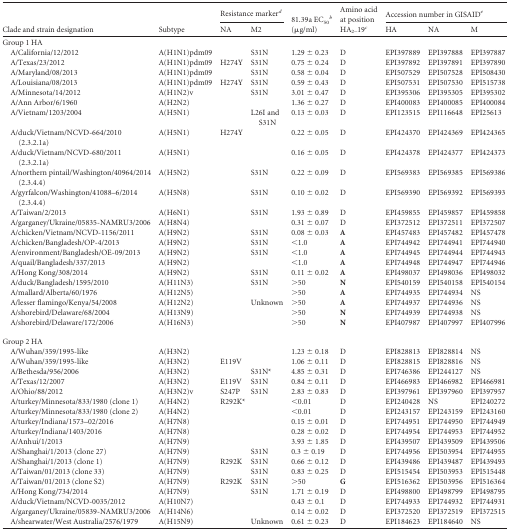
<table><thead><tr><td rowspan="2"><b>Clade and strain designation</b></td><td rowspan="2"><b>Subtype</b></td><td colspan="2"><b>Resistance marker<sup><i>d</i></sup></b></td><td rowspan="2"><b>81.39a EC<sub>50</sub><sup><i>b</i></sup> (μg/ml)</b></td><td rowspan="2"><b>Amino acid at position HA<sub>2–</sub>19<sup><i>c</i></sup></b></td><td colspan="3"><b>Accession number in GISAID<sup><i>e</i></sup></b></td></tr><tr><td><b>NA</b></td><td><b>M2</b></td><td><b>HA</b></td><td><b>NA</b></td><td><b>M</b></td></tr></thead><tbody><tr><td>Group 1 HA</td><td></td><td></td><td></td><td></td><td></td><td></td><td></td><td></td></tr><tr><td>A/California/12/2012</td><td>A(H1N1)pdm09</td><td></td><td>S31N</td><td>1.29 ± 0.23</td><td>D</td><td>EPI397889</td><td>EPI397888</td><td>EPI397887</td></tr><tr><td>A/Texas/23/2012</td><td>A(H1N1)pdm09</td><td>H274Y</td><td>S31N</td><td>0.75 ± 0.24</td><td>D</td><td>EPI397892</td><td>EPI397891</td><td>EPI397890</td></tr><tr><td>A/Maryland/08/2013</td><td>A(H1N1)pdm09</td><td></td><td>S31N</td><td>0.58 ± 0.04</td><td>D</td><td>EPI507529</td><td>EPI507528</td><td>EPI508430</td></tr><tr><td>A/Louisiana/08/2013</td><td>A(H1N1)pdm09</td><td>H274Y</td><td>S31N</td><td>0.59 ± 0.43</td><td>D</td><td>EPI507531</td><td>EPI507530</td><td>EPI515738</td></tr><tr><td>A/Minnesota/14/2012</td><td>A(H1N2)v</td><td></td><td>S31N</td><td>3.01 ± 0.47</td><td>D</td><td>EPI395306</td><td>EPI395305</td><td>EPI395302</td></tr><tr><td>A/Ann Arbor/6/1960</td><td>A(H2N2)</td><td></td><td></td><td>1.36 ± 0.27</td><td>D</td><td>EPI400083</td><td>EPI400085</td><td>EPI400084</td></tr><tr><td>A/Vietnam/1203/2004</td><td>A(H5N1)</td><td></td><td>L26I and S31N</td><td>0.13 ± 0.03</td><td>D</td><td>EPI123515</td><td>EPI116648</td><td>EPI25613</td></tr><tr><td>A/duck/Vietnam/NCVD-664/2010 (2.3.2.1a)</td><td>A(H5N1)</td><td>H274Y</td><td></td><td>0.22 ± 0.05</td><td>D</td><td>EPI424370</td><td>EPI424369</td><td>EPI424365</td></tr><tr><td>A/duck/Vietnam/NCVD-680/2011 (2.3.2.1a)</td><td>A(H5N1)</td><td></td><td></td><td>0.16 ± 0.05</td><td>D</td><td>EPI424378</td><td>EPI424377</td><td>EPI424373</td></tr><tr><td>A/northern pintail/Washington/40964/2014 (2.3.4.4)</td><td>A(H5N2)</td><td></td><td>S31N</td><td>0.22 ± 0.09</td><td>D</td><td>EPI569383</td><td>EPI569385</td><td>EPI569386</td></tr><tr><td>A/gyrfalcon/Washington/41088–6/2014 (2.3.4.4)</td><td>A(H5N8)</td><td></td><td>S31N</td><td>0.10 ± 0.02</td><td>D</td><td>EPI569390</td><td>EPI569392</td><td>EPI569393</td></tr><tr><td>A/Taiwan/2/2013</td><td>A(H6N1)</td><td></td><td>S31N</td><td>1.93 ± 0.89</td><td>D</td><td>EPI459855</td><td>EPI459857</td><td>EPI459858</td></tr><tr><td>A/garganey/Ukraine/05835-NAMRU3/2006</td><td>A(H8N4)</td><td></td><td></td><td>0.31 ± 0.07</td><td>D</td><td>EPI372512</td><td>EPI372511</td><td>EPI372507</td></tr><tr><td>A/chicken/Vietnam/NCVD-1156/2011</td><td>A(H9N2)</td><td></td><td>S31N</td><td>0.08 ± 0.03</td><td><b>A</b></td><td>EPI457483</td><td>EPI457482</td><td>EPI457478</td></tr><tr><td>A/chicken/Bangladesh/OP-4/2013</td><td>A(H9N2)</td><td></td><td>S31N</td><td>&lt;1.0</td><td><b>A</b></td><td>EPI744942</td><td>EPI744941</td><td>EPI744940</td></tr><tr><td>A/environment/Bangladesh/OE-09/2013</td><td>A(H9N2)</td><td></td><td>S31N</td><td>&lt;1.0</td><td><b>A</b></td><td>EPI744945</td><td>EPI744944</td><td>EPI744943</td></tr><tr><td>A/quail/Bangladesh/337/2013</td><td>A(H9N2)</td><td></td><td></td><td>&lt;1.0</td><td><b>A</b></td><td>EPI744948</td><td>EPI744947</td><td>EPI744946</td></tr><tr><td>A/Hong Kong/308/2014</td><td>A(H9N2)</td><td></td><td>S31N</td><td>0.11 ± 0.02</td><td><b>A</b></td><td>EPI498037</td><td>EPI498036</td><td>EPI498032</td></tr><tr><td>A/duck/Bangladesh/1595/2010</td><td>A(H11N3)</td><td></td><td>S31N</td><td>&gt;50</td><td><b>N</b></td><td>EPI540159</td><td>EPI540158</td><td>EPI540154</td></tr><tr><td>A/mallard/Alberta/60/1976</td><td>A(H12N5)</td><td></td><td></td><td>&gt;50</td><td><b>A</b></td><td>EPI744935</td><td>EPI744934</td><td>NS</td></tr><tr><td>A/lesser flamingo/Kenya/54/2008</td><td>A(H12N2)</td><td></td><td>Unknown</td><td>&gt;50</td><td><b>A</b></td><td>EPI744937</td><td>EPI744936</td><td>NS</td></tr><tr><td>A/shorebird/Delaware/68/2004</td><td>A(H13N9)</td><td></td><td></td><td>&gt;50</td><td><b>N</b></td><td>EPI744939</td><td>EPI744938</td><td>NS</td></tr><tr><td>A/shorebird/Delaware/172/2006</td><td>A(H16N3)</td><td></td><td></td><td>&gt;50</td><td><b>N</b></td><td>EPI407987</td><td>EPI407997</td><td>EPI407996</td></tr><tr><td>Group 2 HA</td><td></td><td></td><td></td><td></td><td></td><td></td><td></td><td></td></tr><tr><td>A/Wuhan/359/1995-like</td><td>A(H3N2)</td><td></td><td></td><td>1.23 ± 0.18</td><td>D</td><td>EPI828813</td><td>EPI828814</td><td>NS</td></tr><tr><td>A/Wuhan/359/1995-like</td><td>A(H3N2)</td><td>E119V</td><td></td><td>1.06 ± 0.11</td><td>D</td><td>EPI828815</td><td>EPI828816</td><td>NS</td></tr><tr><td>A/Bethesda/956/2006</td><td>A(H3N2)</td><td></td><td>S31N*</td><td>4.85 ± 0.31</td><td>D</td><td>EPI746386</td><td>EPI244127</td><td>NS</td></tr><tr><td>A/Texas/12/2007</td><td>A(H3N2)</td><td>E119V</td><td>S31N</td><td>0.84 ± 0.11</td><td>D</td><td>EPI466983</td><td>EPI466982</td><td>EPI466981</td></tr><tr><td>A/Ohio/88/2012</td><td>A(H3N2)v</td><td>S247P</td><td>S31N</td><td>2.83 ± 0.83</td><td>D</td><td>EPI397961</td><td>EPI397960</td><td>EPI397957</td></tr><tr><td>A/turkey/Minnesota/833/1980 (clone 1)</td><td>A(H4N2)</td><td>R292K*</td><td></td><td>&lt;0.01</td><td>D</td><td>EPI240428</td><td>NS</td><td>EPI240272</td></tr><tr><td>A/turkey/Minnesota/833/1980 (clone 2)</td><td>A(H4N2)</td><td></td><td></td><td>&lt;0.01</td><td>D</td><td>EPI243157</td><td>EPI243159</td><td>EPI243160</td></tr><tr><td>A/turkey/Indiana/1573–02/2016</td><td>A(H7N8)</td><td></td><td></td><td>0.15 ± 0.01</td><td>D</td><td>EPI744951</td><td>EPI744950</td><td>EPI744949</td></tr><tr><td>A/turkey/Indiana/1403/2016</td><td>A(H7N8)</td><td></td><td></td><td>0.28 ± 0.02</td><td>D</td><td>EPI744954</td><td>EPI744953</td><td>EPI744952</td></tr><tr><td>A/Anhui/1/2013</td><td>A(H7N9)</td><td></td><td></td><td>3.93 ± 1.85</td><td>D</td><td>EPI439507</td><td>EPI439509</td><td>EPI439506</td></tr><tr><td>A/Shanghai/1/2013 (clone 27)</td><td>A(H7N9)</td><td></td><td>S31N</td><td>0.3 ± 0.19</td><td>D</td><td>EPI744956</td><td>EPI503954</td><td>EPI744955</td></tr><tr><td>A/Shanghai/1/2013 (clone 1)</td><td>A(H7N9)</td><td>R292K</td><td>S31N</td><td>0.66 ± 0.12</td><td>D</td><td>EPI439486</td><td>EPI439487</td><td>EPI439493</td></tr><tr><td>A/Taiwan/01/2013 (clone 33)</td><td>A(H7N9)</td><td></td><td>S31N</td><td>0.83 ± 0.25</td><td>D</td><td>EPI515454</td><td>EPI503953</td><td>EPI515448</td></tr><tr><td>A/Taiwan/01/2013 (clone S2)</td><td>A(H7N9)</td><td>R292K</td><td>S31N</td><td>&gt;50</td><td><b>G</b></td><td>EPI516362</td><td>EPI503956</td><td>EPI516364</td></tr><tr><td>A/Hong Kong/734/2014</td><td>A(H7N9)</td><td></td><td>S31N</td><td>1.71 ± 0.19</td><td>D</td><td>EPI498800</td><td>EPI498799</td><td>EPI498795</td></tr><tr><td>A/duck/Vietnam/NCVD-0035/2012</td><td>A(H10N7)</td><td></td><td></td><td>0.43 ± 0.1</td><td>D</td><td>EPI744933</td><td>EPI744932</td><td>EPI744931</td></tr><tr><td>A/garganey/Ukraine/05839-NAMRU3/2006</td><td>A(H14N6)</td><td></td><td></td><td>0.14 ± 0.02</td><td>D</td><td>EPI372520</td><td>EPI372519</td><td>EPI372515</td></tr><tr><td>A/shearwater/West Australia/2576/1979</td><td>A(H15N9)</td><td></td><td>Unknown</td><td>0.61 ± 0.23</td><td>D</td><td>EPI184623</td><td>EPI184640</td><td>NS</td></tr></tbody></table>